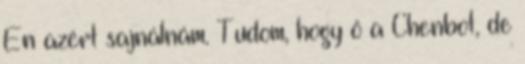
Én azért sajnálnám. Tudom, hogy ő a Chenbot, de